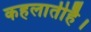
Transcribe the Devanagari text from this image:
कहलातीहै।